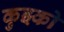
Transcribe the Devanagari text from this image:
कुझ्को